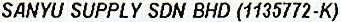
SANYU SUPPLY SDN BHD (1135772-K)